Indian journal of veterinary science and animal husbandry - Volumes 22-23, 1952-1953
Year: 1952
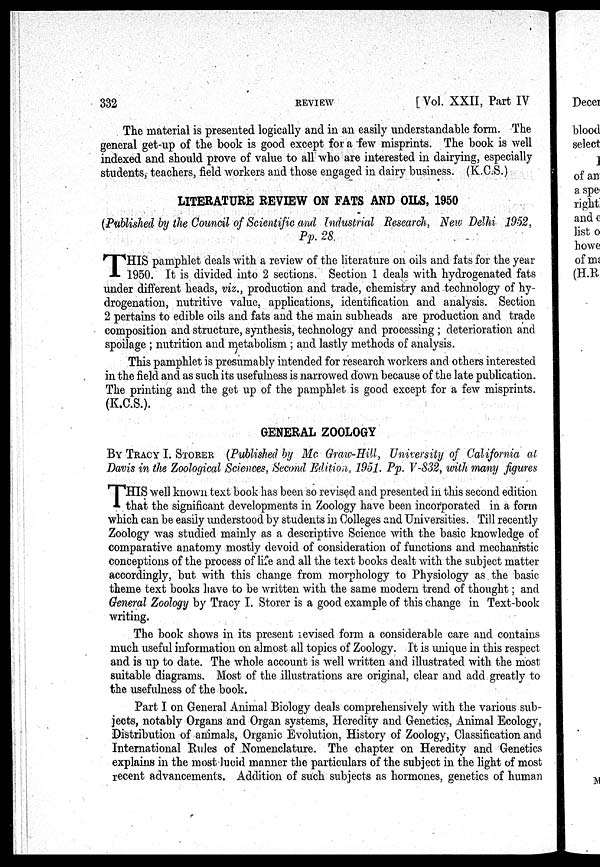
332
REVIEW
[Vol. XXII, Part IV
The material is presented logically and in an easily understandable form. The
general get-up of the book is good except for a few misprints. The book is well
indexed and should prove of value to all who are interested in dairying, especially
students, teachers, field workers and those engaged in dairy business. (K.C.S.)
LITERATURE REVIEW ON FATS AND OILS, 1950
(Published by the Council of Scientific and Industrial Research, New Delhi 1952,
Pp. 28.
T HIS pamphlet deals with a review of the literature on oils and fats for the year
1950. It is divided into 2 sections. Section 1 deals with hydrogenated fats
under different heads, viz., production and trade, chemistry and technology of hy-
drogenation, nutritive value, applications, identification and analysis. Section
2 pertains to edible oils and fats and the main subheads are production and trade
composition and structure, synthesis, technology and processing ; deterioration and
spoilage ; nutrition and metabolism ; and lastly methods of analysis.
This pamphlet is presumably intended for research workers and others interested
in the field and as such its usefulness is narrowed down because of the late publication.
The printing and the get up of the pamphlet is good except for a few misprints.
(K.C.S.).
GENERAL ZOOLOGY
BY TRACY I. STORER (Published by Mc Graw-Hill, University of California at
Davis in the Zoological Sciences, Second Edition, 1951. Pp. V-832, with many figures
T HIS well known text book has been so revised and presented in this second edition
that the significant developments in Zoology have been incorporated in a form
which can be easily understood by students in Colleges and Universities. Till recently
Zoology was studied mainly as a descriptive Science with the basic knowledge of
comparative anatomy mostly devoid of consideration of functions and mechanistic
conceptions of the process of life and all the text books dealt with the subject matter
accordingly, but with this change from morphology to Physiology as the basic
theme text books have to be written with the same modern trend of thought ; and
General Zoology by Tracy I. Storer is a good example of this change in Text-book
writing.
The book shows in its present revised form a considerable care and contains
much useful information on almost all topics of Zoology. It is unique in this respect
and is up to date. The whole account is well written and illustrated with the most
suitable diagrams. Most of the illustrations are original, clear and add greatly to
the usefulness of the book.
Part I on General Animal Biology deals comprehensively with the various sub-
jects, notably Organs and Organ systems, Heredity and Genetics, Animal Ecology,
Distribution of animals, Organic Evolution, History of Zoology, Classification and
International Rules of Nomenclature. The chapter on Heredity and Genetics
explains in the most lucid manner the particulars of the subject in the light of most
recent advancements. Addition of such subjects as hormones, genetics of human